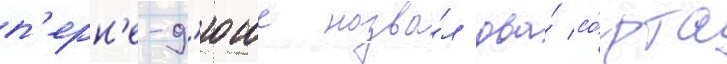
п'ерн'е-д'юше назва́л два́ со́рта